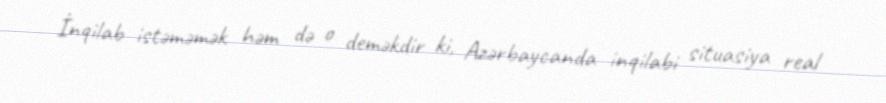
İnqilab istəməmək həm də o deməkdir ki, Azərbaycanda inqilabi situasiya real